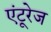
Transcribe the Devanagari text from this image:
एंटूरेज